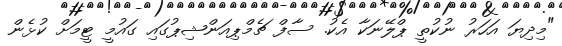
"މިދިޔަ އަހަރު ނުކުތީ ޕްލޭނަކާ އެކު. ސާފް ޗެމްޕިއަންޝިޕުގައި ގައުމީ ޓީމަށް ކުޅެން